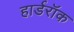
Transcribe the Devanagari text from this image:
हार्डरॉक